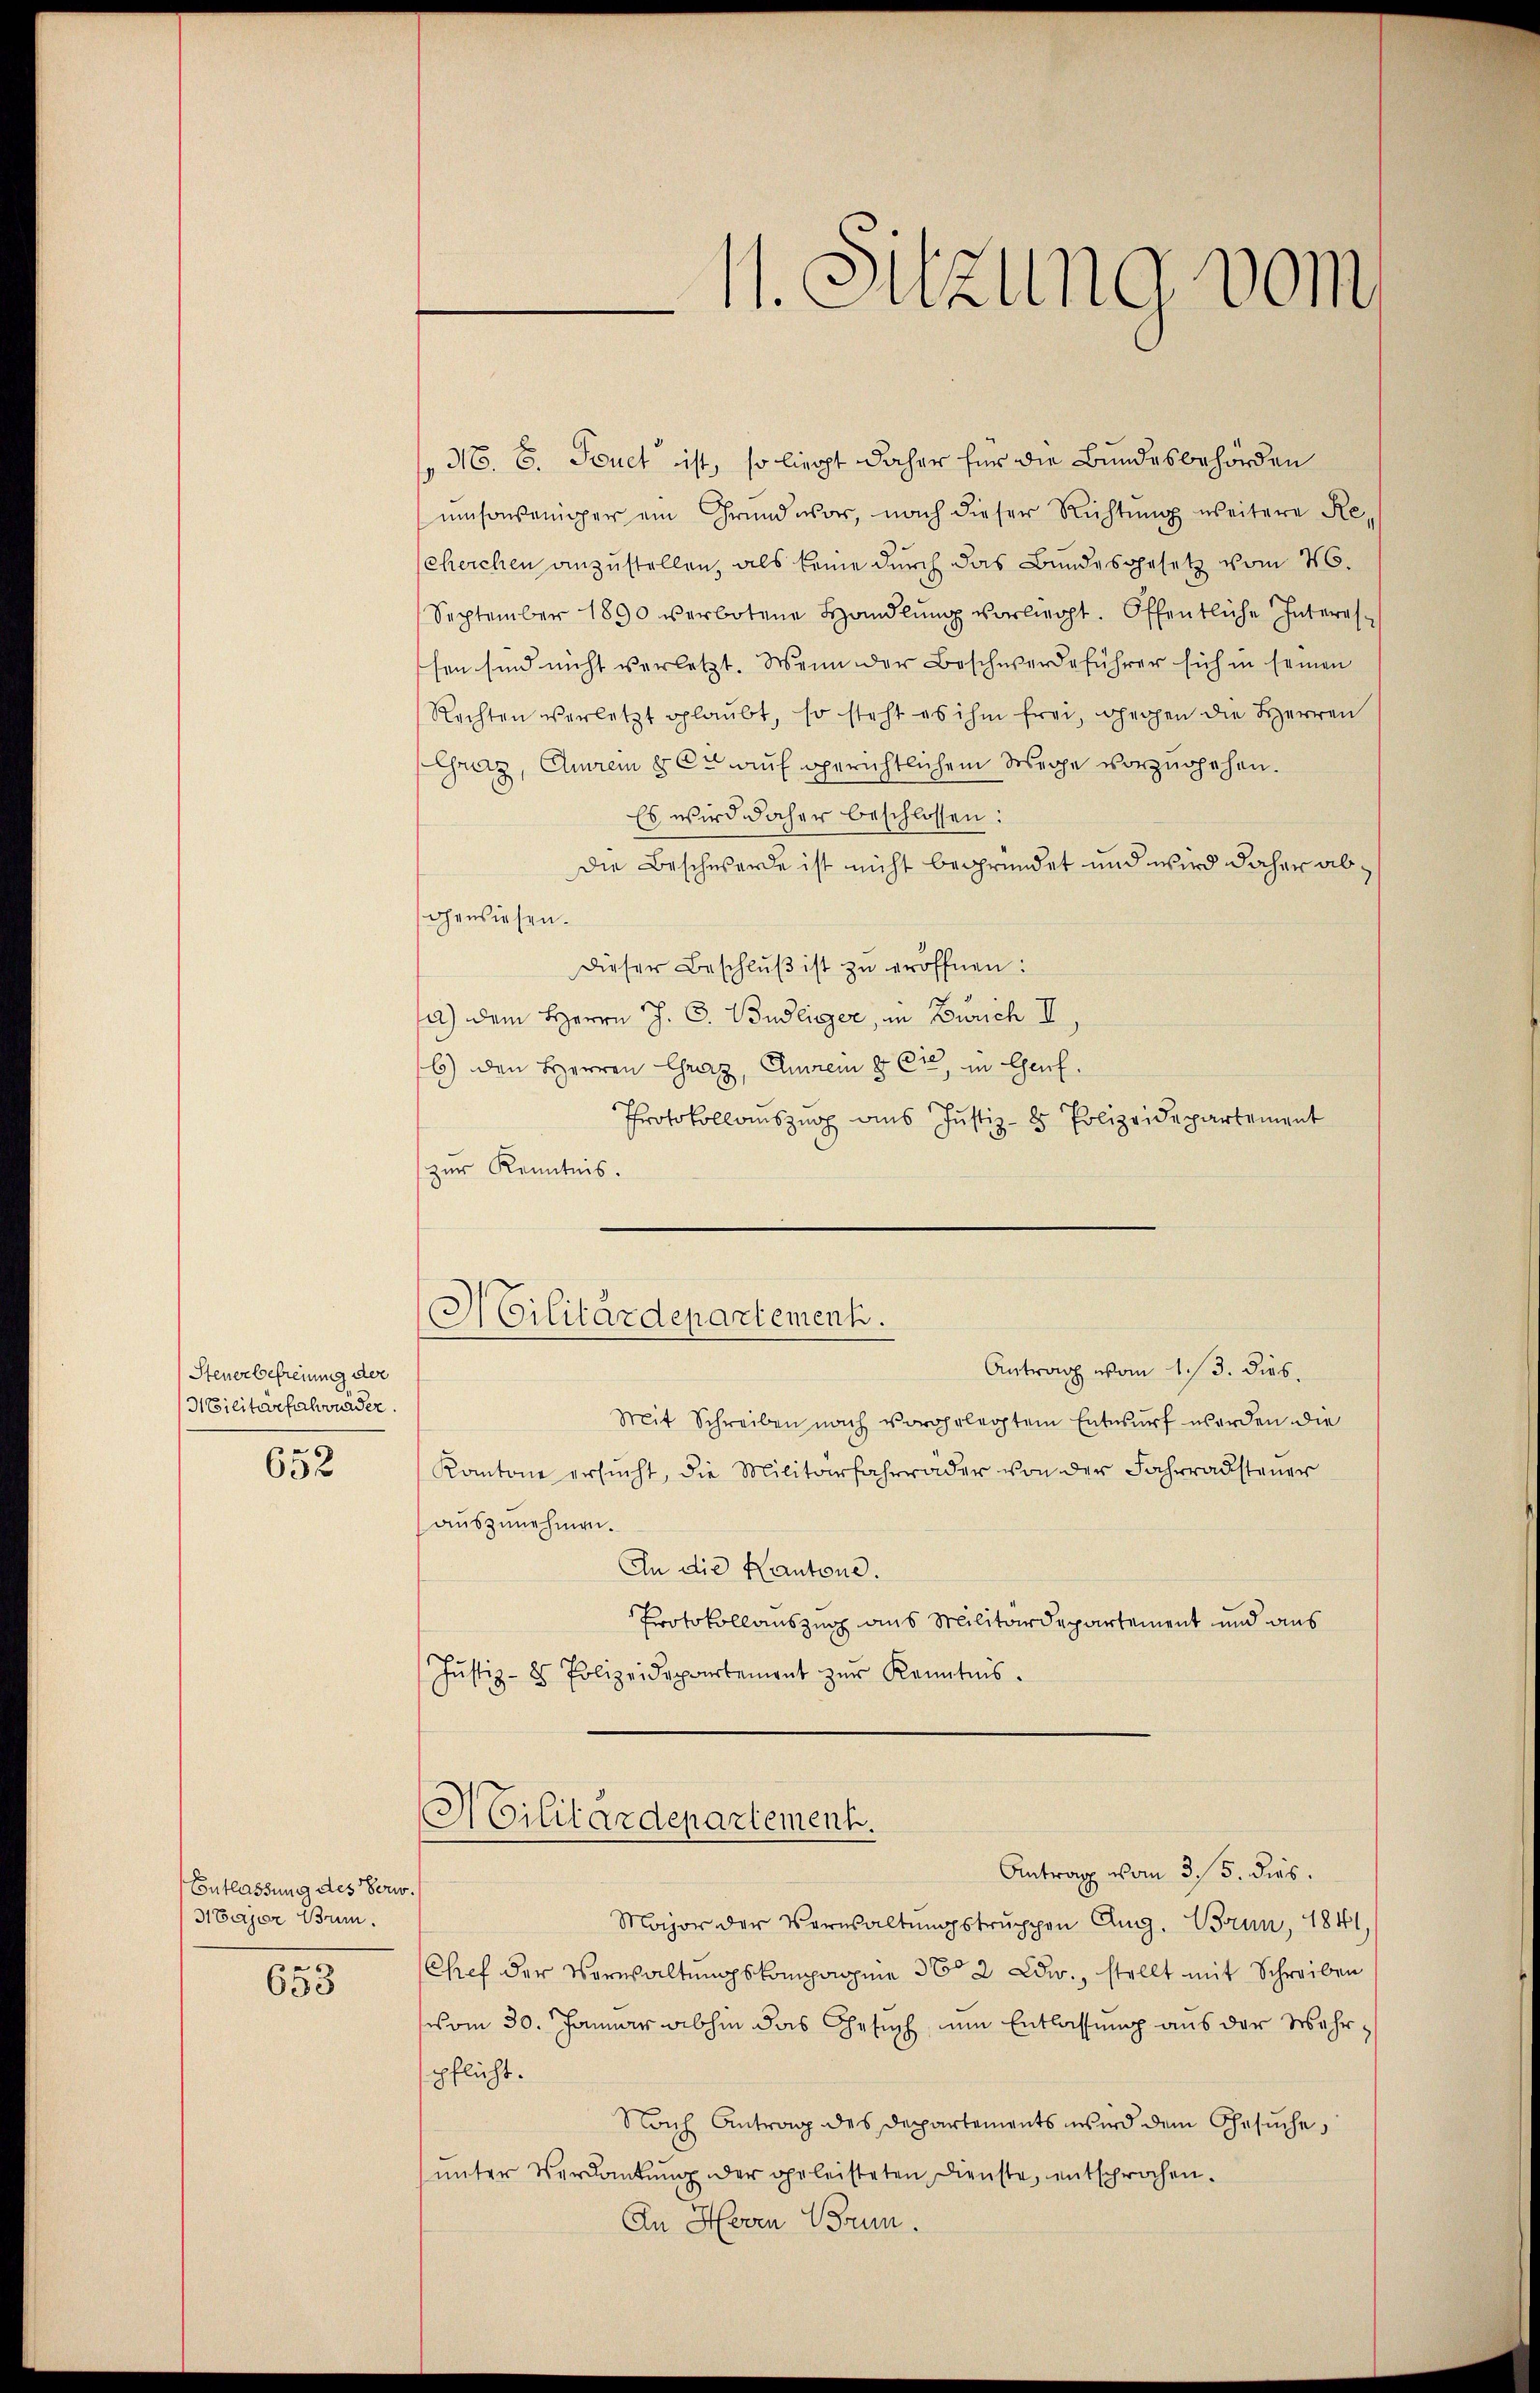
Steuerbefreiung der
HEicitarfahrnäder.
652

Entlassung des Verw.
31 Bajor Bun

653

11. Sitzung vom

Mo. 6. Feuct ist, so liegt daher für die Bundesbehörden
umsoweniger ein Grund vor, nach dieser Richtung weitere Recherchen anzustellen, als keine durch das Bundesgesetz vom 26.
September 1890 verbotene Handlŭng vorliegt. Offentliche Interes-
sen sind nicht verletzt. Wenn der Beschwerdeführer sich in seinen
Rechten verletzt glaŭbt, so steht es ihm frei, gegen die Herren
Creiz, Amrem 8. Du auf gerichtlichem Wege vorzugehen.
Es wird daher beschlossen:
die Beschwerde ist nicht begründet und wird daher abohensiesen.
dieser Beschlŭβ ist zŭ eröffnen:
a) dem Herrn J. C. Budeiger, in Zürich II
6) den Herren Graz, Ehren & Cie in Genf.
Protokollauszug aus Justiz- 8 Polizeidepartement
zur Kenntnis.

Antrag vom 1./3. dies
Mit Schreiben nach vorgelegtem Entwurf werden die
Kantone ersŭcht, die Militärfahrräder von der Fahrradsteuer
auszunehmen.
An die Kantone.
Protokollauszug aus Militärdepartement und aus
Jŭstiz- & Polizeidepartement zŭr Kenntnis.
Militärdepartement.
Antrag vom 3. 5. dies.
Major der Verwaltŭngstruppen Aug. Brun, 1841,
Chef der Verwaltungskompagnie 362 Ddw., stellt mit Schreiben
vom 30. Januar abhin das Gesuch, um Entlassung aus der Mehrpflicht.
Nach Antrag des Departements wird dem Gesuche,
ŭnter Verdankŭng der geleisteten Dienste, entsprochen.
An Horen Brun

Militärdepartement.